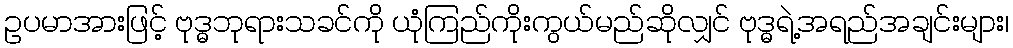
ဥပမာအားဖြင့် ဗုဒ္ဓဘုရားသခင်ကို ယုံကြည်ကိုးကွယ်မည်ဆိုလျှင် ဗုဒ္ဓရဲ့အရည်အချင်းများ၊